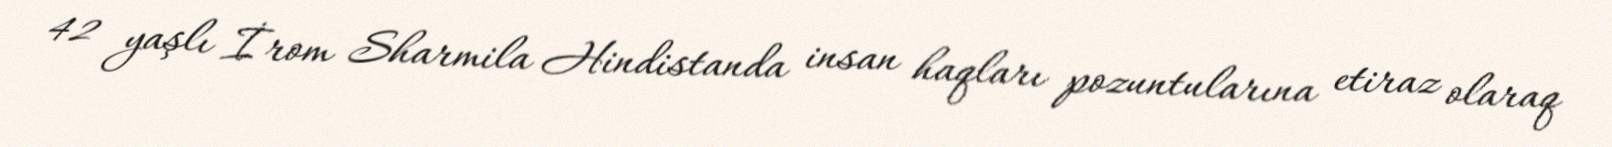
42 yaşlı İrom Sharmila Hindistanda insan haqları pozuntularına etiraz olaraq